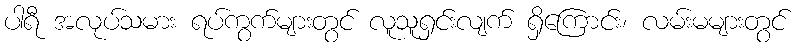
ပါရီ အလုပ်သမား ရပ်ကွက်များတွင် လူသူရှင်းလျက် ရှိကြောင်း၊ လမ်းမများတွင်